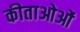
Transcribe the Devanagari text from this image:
कीताओओं